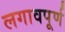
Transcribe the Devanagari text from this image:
लगावपूर्ण